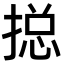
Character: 搃